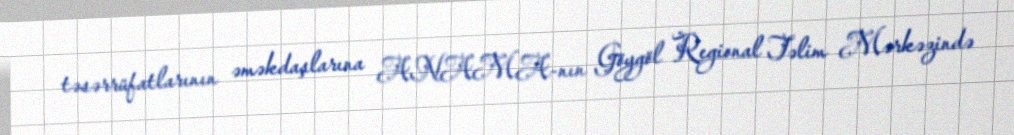
təsərrüfatlarının əməkdaşlarına ANAMA-nın Göygöl Regional Təlim Mərkəzində